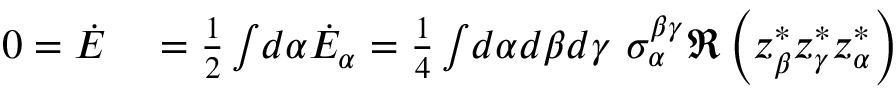
\begin{array} { r l } { 0 = \dot { E } } & { { } = \frac { 1 } { 2 } \int \! d \alpha \dot { E } _ { \alpha } = \frac { 1 } { 4 } \int \! d \alpha d \beta d \gamma \ \sigma _ { \alpha } ^ { \beta \gamma } \Re \left( z _ { \beta } ^ { * } z _ { \gamma } ^ { * } z _ { \alpha } ^ { * } \right) } \end{array}